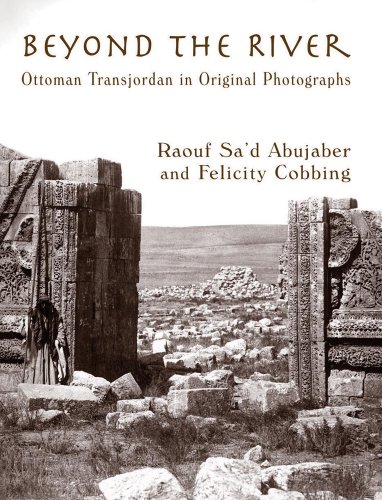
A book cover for Beyond the River: Ottoman Transjordan in Original Photographs; Raouf Sa'd ABUJABER; History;